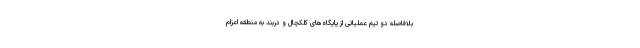
بلافاصله دو تیم عملیاتی از پایگاه‌های کلکچال و دربند به منطقه اعزام